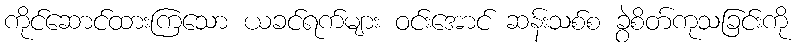
ကိုင်ဆောင်ထားကြသော ယခင်ရက်များ ဝင်းအောင် ဆန်းသစ်စ ခွဲစိတ်ကုသခြင်းကို